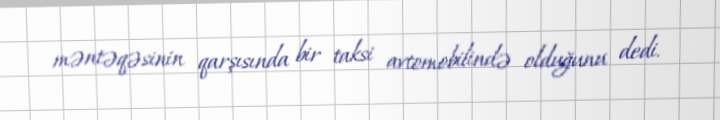
məntəqəsinin qarşısında bir taksi avtomobilində olduğunu dedi.